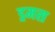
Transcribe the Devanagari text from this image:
ड्रमस